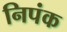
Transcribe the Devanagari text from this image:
निपंक